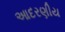
આદરણીય